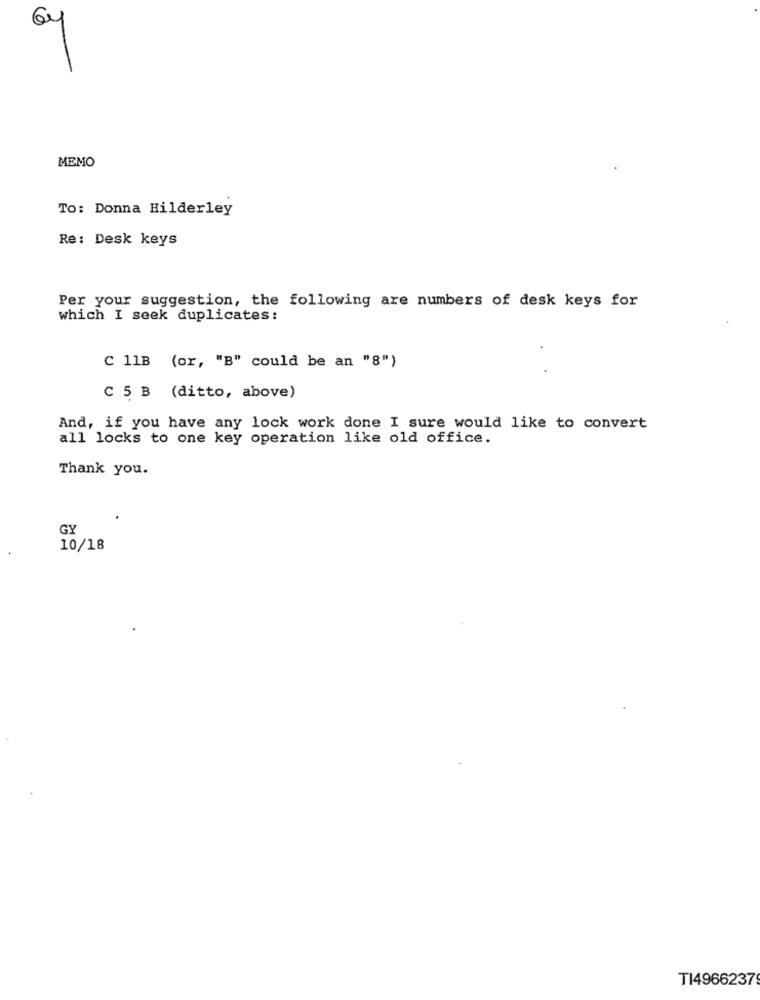
MEMO
To: Donna Hilderley
Re: Desk keys
Per your suggestion, the following are numbers of desk keys for
which I seek duplicates:
C 11B (or, "B" could be an "8"}
C 5 B (ditto, above)
And, if you have any lock work done I sure would like to convert
all locks to one key operation like old office.
Thank you.
GY
10/18
TI4966237